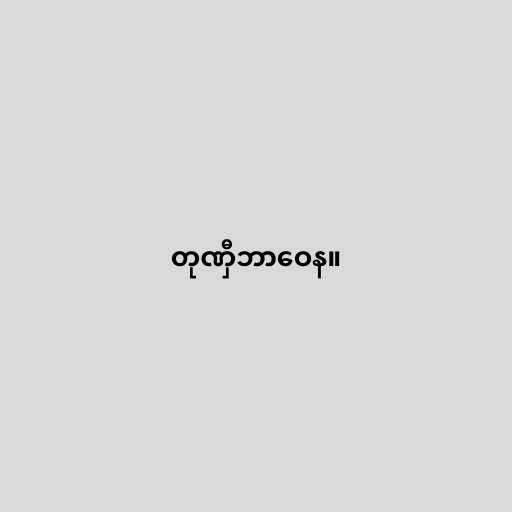
တုဏှီဘာဝေန။